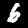
Digit: 6